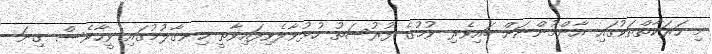
މި ހަރަކާތްތަކުގައި އާންމުންނަށް ބައިވެރި ވުމުގެ ފުރުސަތު ހުޅުވާލެވިފައިވާތީ ހިނގާލުމުގައި ވީހާވެސް ގިނަ